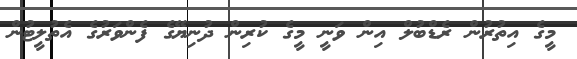
މީގެ އިތުރުން ރެޑްބުލް އިން ވަނީ މީގެ ކުރިން ދުނިޔޭގެ ފެންވަރުގެ އެތުލީޓުން